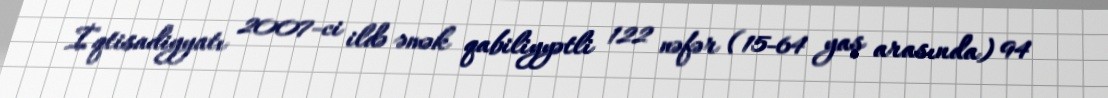
İqtisadiyyatı 2007-ci ildə əmək qabiliyyətli 122 nəfər (15-64 yaş arasında) 94